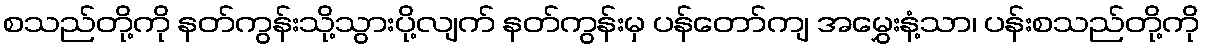
စသည်တို့ကို နတ်ကွန်းသို့သွားပို့လျက် နတ်ကွန်းမှ ပန်တော်ကျ အမွှေးနံ့သာ၊ ပန်းစသည်တို့ကို